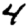
Digit: 4